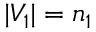
| V _ { 1 } | = n _ { 1 }